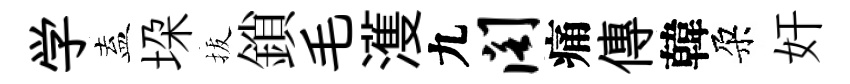
学盍垜拔鎖毛濩九阁痛傳韓朶奸